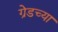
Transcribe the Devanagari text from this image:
ग्रेडच्या